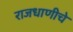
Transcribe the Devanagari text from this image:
राजधाणीचे